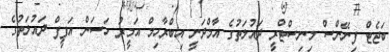
ބަޖެޓް ފިނޭންސް މިނިސްޓްރީ ދައުލަތުގެ އާމްދަނީ އިބްރާހިމް އަމީރު ހަސަން އަފީފް ދައުލަތުގެ